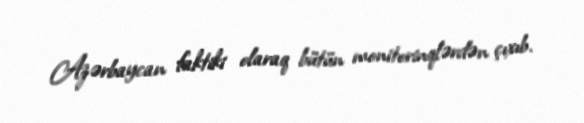
Azərbaycan faktiki olaraq bütün monitorinqlərdən çıxıb.